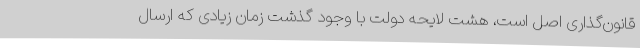
قانون‌گذاری اصل است، هشت لایحه دولت با وجود گذشت زمان زیادی که ارسال